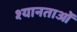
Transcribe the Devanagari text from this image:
श्यानताओं